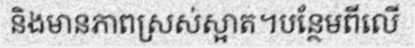
និងមានភាពស្រស់ស្អាត។បន្ថែមពីលើ